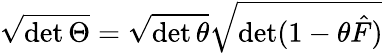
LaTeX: \sqrt{\operatorname*{det}\Theta}=\sqrt{\operatorname*{det}\theta}\sqrt{\operatorname*{det}(1-\theta\hat{F})}